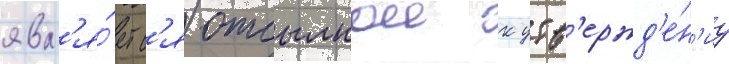
явл'я́етс'я отсылкои к утв'ержд'е́н'иу